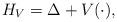
LaTeX: \begin{align*}H_{V}= \Delta + V(\cdot),\end{align*}